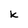
Character: k